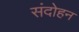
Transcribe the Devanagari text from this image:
संदोहन